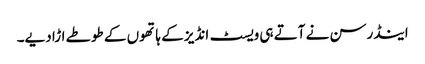
اینڈرسن نے آتے ہی ویسٹ انڈیز کے ہاتھوں کے طوطے اڑا دیے۔